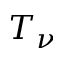
T _ { \nu }